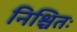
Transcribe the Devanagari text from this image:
निश्चितः